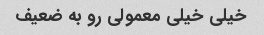
خیلی خیلی معمولی رو به ضعیف